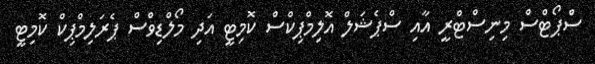
ސްޕޯޓްސް މިނިސްޓްރީ އާއި ސްޕެޝަލް އޮލިމްޕިކްސް ކޮމިޓީ އަދި މޯލްޑިވްސް ޕެރަލިމްޕިކް ކޮމިޓީ